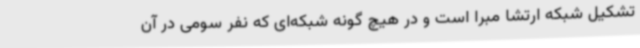
تشکیل شبکه ارتشا مبرا است و در هیچ گونه شبکه‌ای که نفر سومی در آن